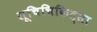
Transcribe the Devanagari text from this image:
सूचिचिकित्सा